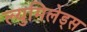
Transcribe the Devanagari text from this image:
ल्युमिलेड्स